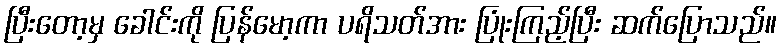
ပြီးတော့မှ ခေါင်းကို ပြန်မော့ကာ ပရိသတ်အား ပြုံးကြည့်ပြီး ဆက်ပြောသည်။